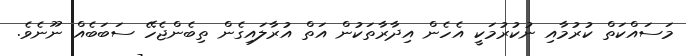
މަސައްކަތް ކުރުމާއި ނުކުރުމަކީ އެހެން އިދާރާތަކުން އަތް އުރާލައިގެން ތިބެންޖެހޭ ސަބަބެއް ނޫނެވެ.